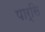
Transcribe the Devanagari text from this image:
पार्सि